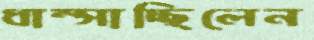
ধাম্‌সাচ্ছিলেন